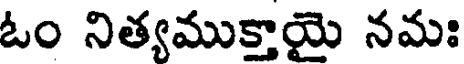
ఓం నిత్యముక్తాయై నమః